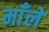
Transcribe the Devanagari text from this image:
माँले